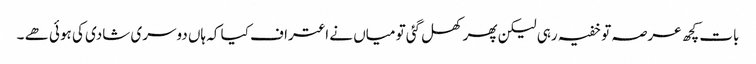
بات کچھ عرصہ تو خفیہ رہی لیکن پھر کھل گئی تو میاں نے اعتراف کیا کہ ہاں دوسری شادی کی ہوئی ھے ۔